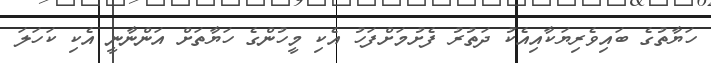
ހަޔާތުގެ ބައިވެރިޔަކާއިއެކު ދަތުރު ފެށުމަށްފަހު އެކި މީހުންގެ ހަޔާތަށް އަންނާނީ އެކި ކަހަލަ